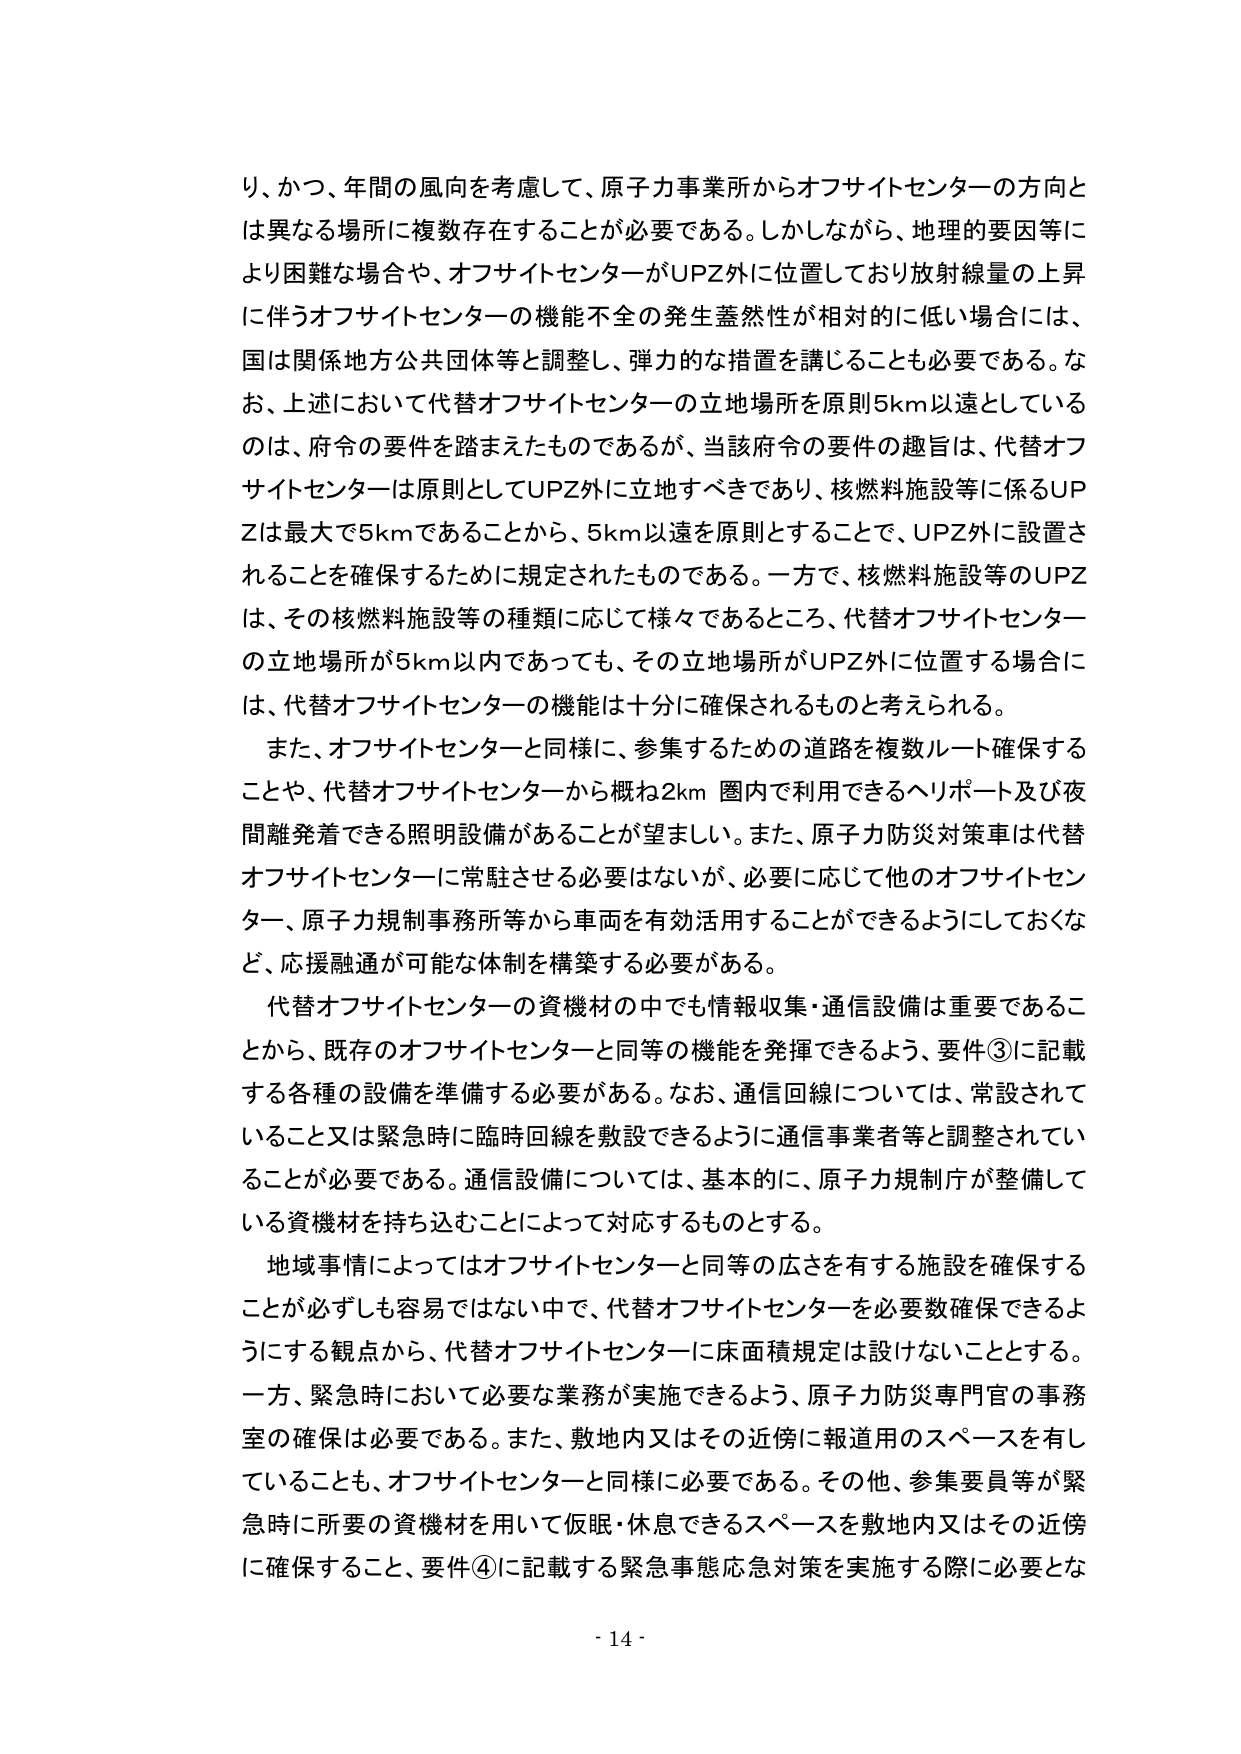
り、かつ、年間の風向を考慮して、原子力事業所からオフサイトセンターの方向と
は異なる場所に複数存在することが必要である。しかしながら、地理的要因等に
より困難な場合や、オフサイトセンターがUPZ外に位置しており放射線量の上昇
に伴うオフサイトセンターの機能不全の発生蓋然性が相対的に低い場合には、
国は関係地方公共団体等と調整し、弾力的な措置を講じることも必要である。な
お、上述において代替オフサイトセンターの立地場所を原則5km以遠としている
のは、府令の要件を踏まえたものであるが、当該府令の要件の趣旨は、代替オフ
サイトセンターは原則としてUPZ外に立地すべきであり、核燃料施設等に係るUP
Zは最大で5kmであることから、5km以遠を原則とすることで、UPZ外に設置さ
れることを確保するために規定されたものである。一方で、核燃料施設等のUPZ
は、その核燃料施設等の種類に応じて様々であるところ、代替オフサイトセンター
の立地場所が5km以内であっても、その立地場所がUPZ外に位置する場合に
は、代替オフサイトセンターの機能は十分に確保されるものと考えられる。

また、オフサイトセンターと同様に、参集するための道路を複数ルート確保する
ことや、代替オフサイトセンターから概ね2km圏内で利用できるヘリポート及び夜
間離発着できる照明設備があることが望ましい。また、原子力防災対策車は代替
オフサイトセンターに常駐させる必要はないが、必要に応じて他のオフサイトセン
ター、原子力規制事務所等から車両を有効活用することができるようにしておくな
ど、応援融通が可能な体制を構築する必要がある。

代替オフサイトセンターの資機材の中でも情報収集・通信設備は重要であるこ
とから、既存のオフサイトセンターと同等の機能を発揮できるよう、要件③に記載
する各種の設備を準備する必要がある。なお、通信回線については、常設されて
いること又は緊急時に臨時回線を敷設できるように通信事業者等と調整されてい
ることが必要である。通信設備については、基本的に、原子力規制庁が整備して
いる資機材を持ち込むことによって対応するものとする。

地域事情によってはオフサイトセンターと同等の広さを有する施設を確保する
ことが必ずしも容易ではない中で、代替オフサイトセンターを必要数確保できるよ
うにする観点から、代替オフサイトセンターに床面積規定は設けないこととする。
一方、緊急時において必要な業務が実施できるよう、原子力防災専門官の事務
室の確保は必要である。また、敷地内又はその近傍に報道用のスペースを有し
ていることも、オフサイトセンターと同様に必要である。その他、参集要員等が緊
急時に所要の資機材を用いて仮眠・休息できるスペースを敷地内又はその近傍
に確保すること、要件④に記載する緊急事態応急対策を実施する際に必要とな

- 14 -